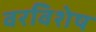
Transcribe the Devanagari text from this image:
वरविशेष